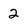
Character: 2